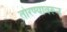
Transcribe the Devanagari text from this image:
तोरण्यावरून